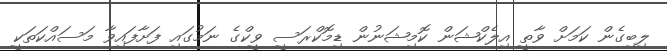
ލިބިގެން ކަމަށް ވާތީ އިލެކްޝަން ކޮމިޝަނުން ޑިމޮކްރަސީ ވީކްގެ ނަމުގައި ފަށާފައިވާ މަސައްކަތަކީ